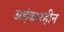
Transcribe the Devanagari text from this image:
अहंकारहीन